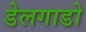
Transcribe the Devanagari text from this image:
डेलगाडो